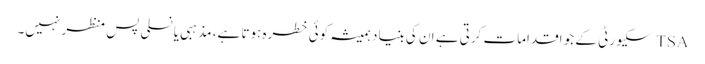
TSA سکیورٹی کے جو اقدامات کرتی ہے ان کی بنیاد ہمیشہ کوئی خطرہ ہوتا ہے، مذہبی یا نسلی پس منظر نہیں۔